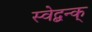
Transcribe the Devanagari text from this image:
स्वेद्बन्क्